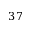
3 7